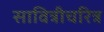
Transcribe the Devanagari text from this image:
सावित्रीचरित्र